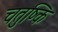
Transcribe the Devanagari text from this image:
चतुष्कि